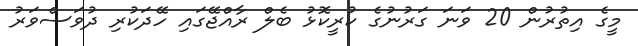
މީގެ އިތުރުން 20 ވަނަ ގަރުނުގެ ކުރީކޮޅު ބެލް ރާއްޖޭގައި ހޭދަކުރި ދުވަސްވަރު